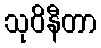
သုဝိနီတာ